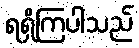
ရရှိကြပါသည်